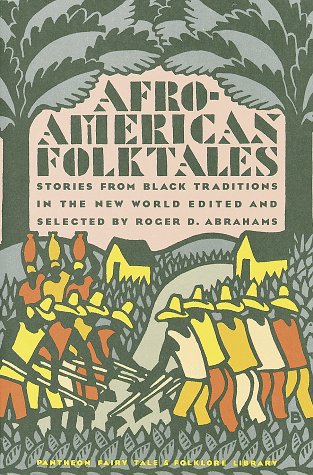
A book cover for Afro-American Folktales (Pantheon Fairy Tale and Folklore Library); Roger Abrahams; Children's Books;